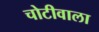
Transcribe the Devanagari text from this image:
चोटीवाला